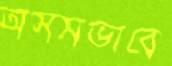
অসমভাবে